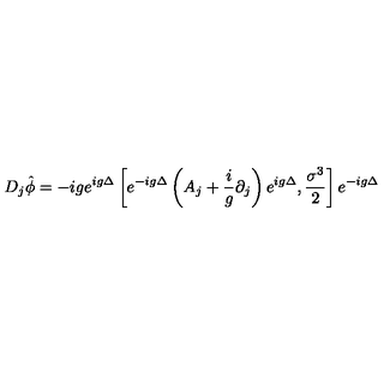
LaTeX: D _ { j } \hat { \phi } = - i g e ^ { i g \Delta } \left[ e ^ { - i g \Delta } \left( A _ { j } + \frac { i } { g } \partial _ { j } \right) e ^ { i g \Delta } , \frac { \sigma ^ { 3 } } { 2 } \right] e ^ { - i g \Delta }